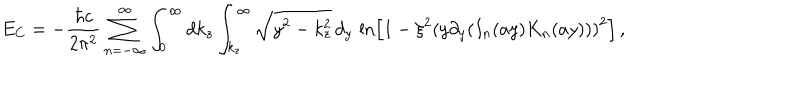
E _ { C } = - \frac { \hbar c } { 2 \pi ^ { 2 } } \sum _ { n = - \infty } ^ { \infty } \int _ { 0 } ^ { \infty } d k _ { z } \int _ { k _ { z } } ^ { \infty } \sqrt { y ^ { 2 } - k _ { z } ^ { 2 } } \, d _ { y } \, \ln \left[ 1 - { { \xi } ^ { 2 } } { { ( y { { \partial } _ { y } } ( { I _ { n } } ( a y ) { { { K } } _ { n } } ( a y ) ) ) } ^ { 2 } } \right] \, ,